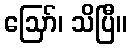
ဪ၊ သိပြီ။